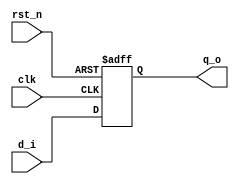
`timescale 1ns / 1ps
//////////////////////////////////////////////////////////////////////////////////
// Company: 
// Engineer: 
// 
// Design Name: 
// Module Name: reg4
// Project Name: 
// Target Devices: 
// Tool Versions: 
// Description: 
// 
// Dependencies: 
// 
// Revision:
// Revision 0.01 - File Created
// Additional Comments:
// 
//////////////////////////////////////////////////////////////////////////////////


module reg4
(
input [3:0] d_i,
input rst_n,
input clk,
output [3:0] q_o
);

reg [3:0] q;

always @(posedge clk or negedge rst_n) begin
    if (rst_n == 1'b0) begin
        q <= 4'b0000;
    end
    else begin
        q <= d_i;
    end
end

assign q_o = q;

endmodule